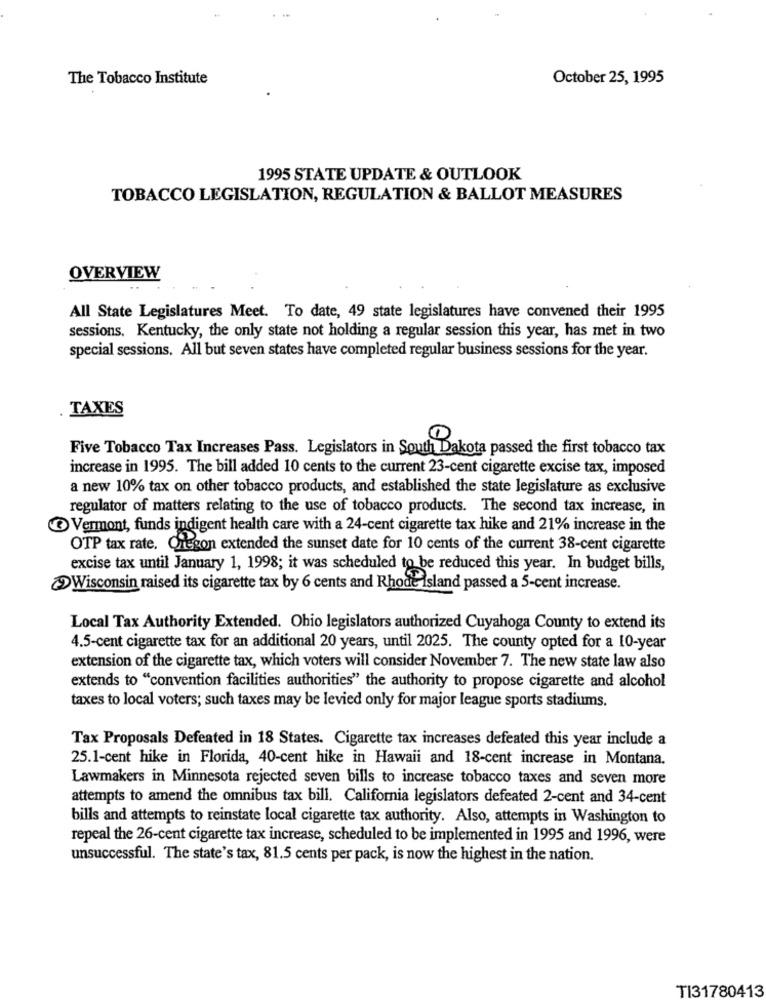
The Tobacco Institute
October 25, 1995
1995 STATE UPDATE & OUTLOOK
TOBACCO LEGISLATION, REGULATION & BALLOT MEASURES
OVERVIEW
All State Legislatures Meet. To date, 49 state legislatures have convened their 1995
sessions. Kentucky, the only state not holding a regular session this year, has met in two
special sessions. All but seven states have completed regular business sessions for the year.
TAXES
Five Tobacco Tax Increases Pass. Legislators in South Dakota passed the first tobacco tax
increase in 1995. The bill added 10 cents to the current 23-cent cigarette excise tax, imposed
a new 10% tax on other tobacco products, and established the state legislature as exclusive
regulator of matters relating to the use of tobacco products. The second tax increase, in
Vermont, funds indigent health care with a 24-cent cigarette tax hike and 21% increase in the
OTP tax rate. Oregon extended the sunset date for 10 cents of the current 38-cent cigarette
excise tax until January 1, 1998; it was scheduled to be reduced this year. In budget bills,
>Wisconsin raised its cigarette tax by 6 cents and Rhode Island passed a 5-cent increase.
Local Tax Authority Extended. Ohio legislators authorized Cuyahoga County to extend its
4.5-cent cigarette tax for an additional 20 years, until 2025. The county opted for a 10-year
extension of the cigarette tax, which voters will consider November 7. The new state law also
extends to "convention facilities authorities" the authority to propose cigarette and alcohol
taxes to local voters; such taxes may be levied only for major league sports stadiums.
Tax Proposals Defeated in 18 States. Cigarette tax increases defeated this year include a
25.1-cent hike in Florida, 40-cent hike in Hawaii and 18-cent increase in Montana.
Lawmakers in Minnesota rejected seven bills to increase tobacco taxes and seven more
attempts to amend the omnibus tax bill. California legislators defeated 2-cent and 34-cent
bills and attempts to reinstate local cigarette tax authority. Also, attempts in Washington to
repeal the 26-cent cigarette tax increase, scheduled to be implemented in 1995 and 1996, were
unsuccessful. The state's tax, 81.5 cents per pack, is now the highest in the nation.
TI31780413